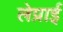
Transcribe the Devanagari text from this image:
लेप्राई